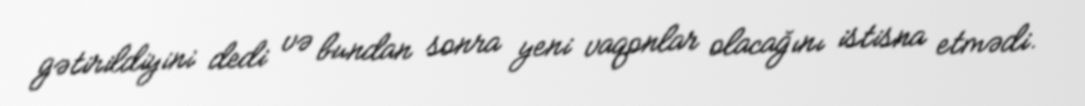
gətirildiyini dedi və bundan sonra yeni vaqonlar olacağını istisna etmədi.